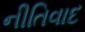
નીતિવાદ